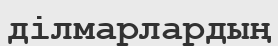
ділмарлардың